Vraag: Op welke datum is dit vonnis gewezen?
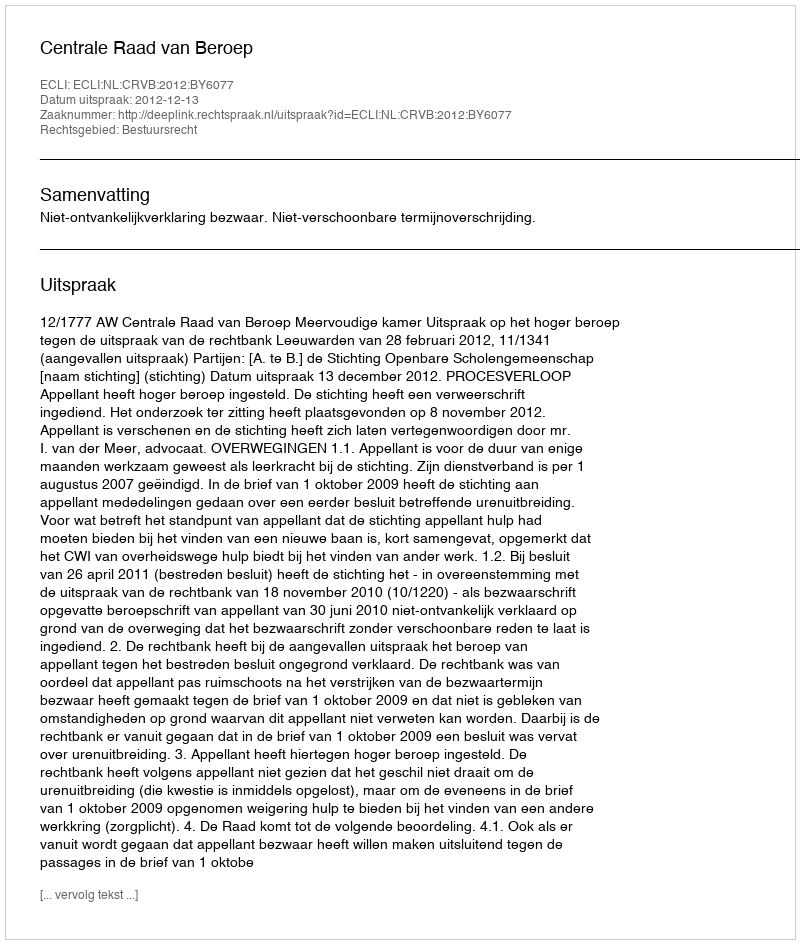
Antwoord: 2012-12-13